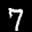
Label: 7